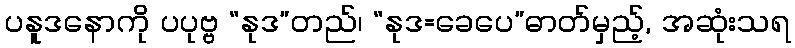
ပနူဒနောကို ပပုဗ္ဗ “နုဒ”တည်၊ “နုဒ=ခေပေ”ဓာတ်မှည့်, အဆုံးသရ